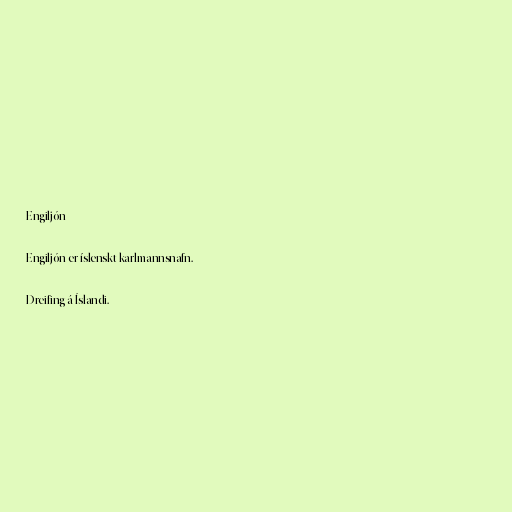
Engiljón

Engiljón er íslenskt karlmannsnafn.

Dreifing á Íslandi.